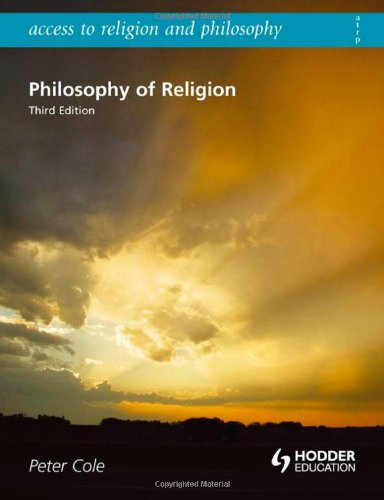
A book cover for Philosophy of Religion (Access to Religion and Philosophy); Peter Cole; Teen & Young Adult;